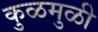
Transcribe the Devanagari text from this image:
कुळमुळी